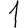
Digit: 1